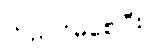
တည်ငြိမ်စေပြီး